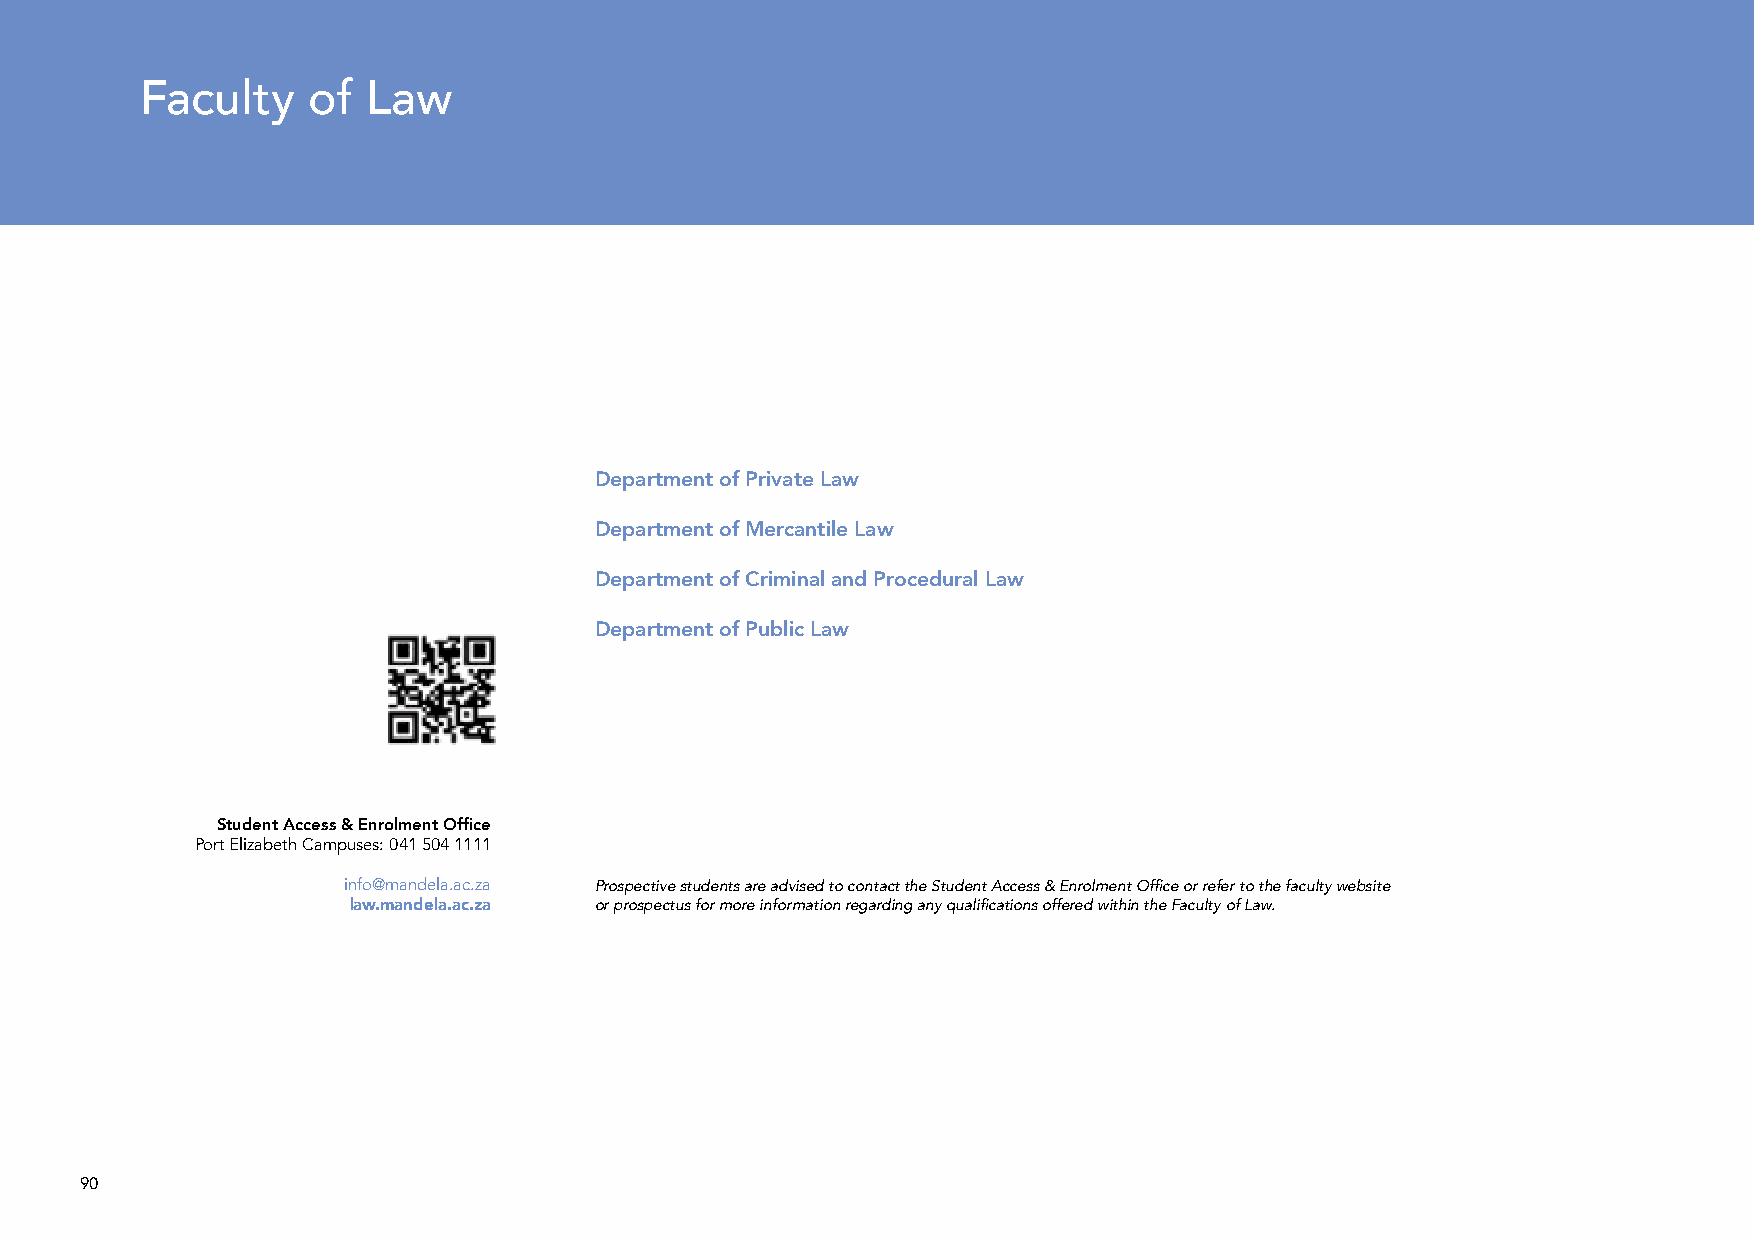
Faculty    of  Law
 Minimum Admission Requirements
 Delivery mode    AS for AS for
 & duration of AS for Technical Maths
 Qualification Programme Overview study  Maths  Maths Literacy  Subject Requirements Career Opportunities
 Department of Private Law
 Department of Mercantile Law
 Department of Criminal and Procedural Law
 Department of Public Law
 Student Access & Enrolment Office
 Port Elizabeth Campuses: 041 504 1111
 info@mandela.ac.za Prospective students are advised to contact the Student Access & Enrolment Office or refer to the faculty website
 law.mandela.ac.za or prospectus for more information regarding any qualifications offered within the Faculty of Law.
 90